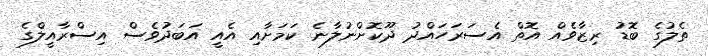
ތެލުގެ ބޮޑު ރިޒާވެއް އޮތް އެސަރަހައްދު ދޫކޮށްނުލާނެ ކަމަށާއި އެއީ އަބަދުވެސް އިސްރާއީލްގެ